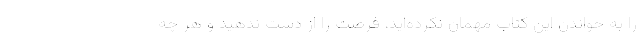
را به خواندن این کتاب مهمان نکرده‌اید، فرصت را از دست ندهید و هر چه